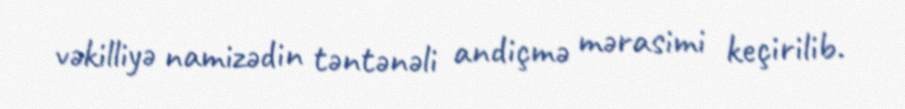
vəkilliyə namizədin təntənəli andiçmə mərasimi keçirilib.